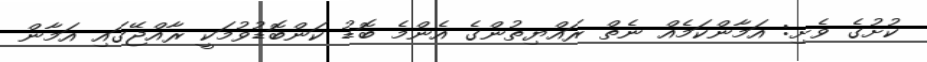
ކުށުގެ ވެށި: އަމާންކަމެއް ނެތް ރައްޔިތުންގެ އެންމެ ބޮޑު ކަންބޮޑުވުމަކީ ރާއްޖޭގައި އަމާން